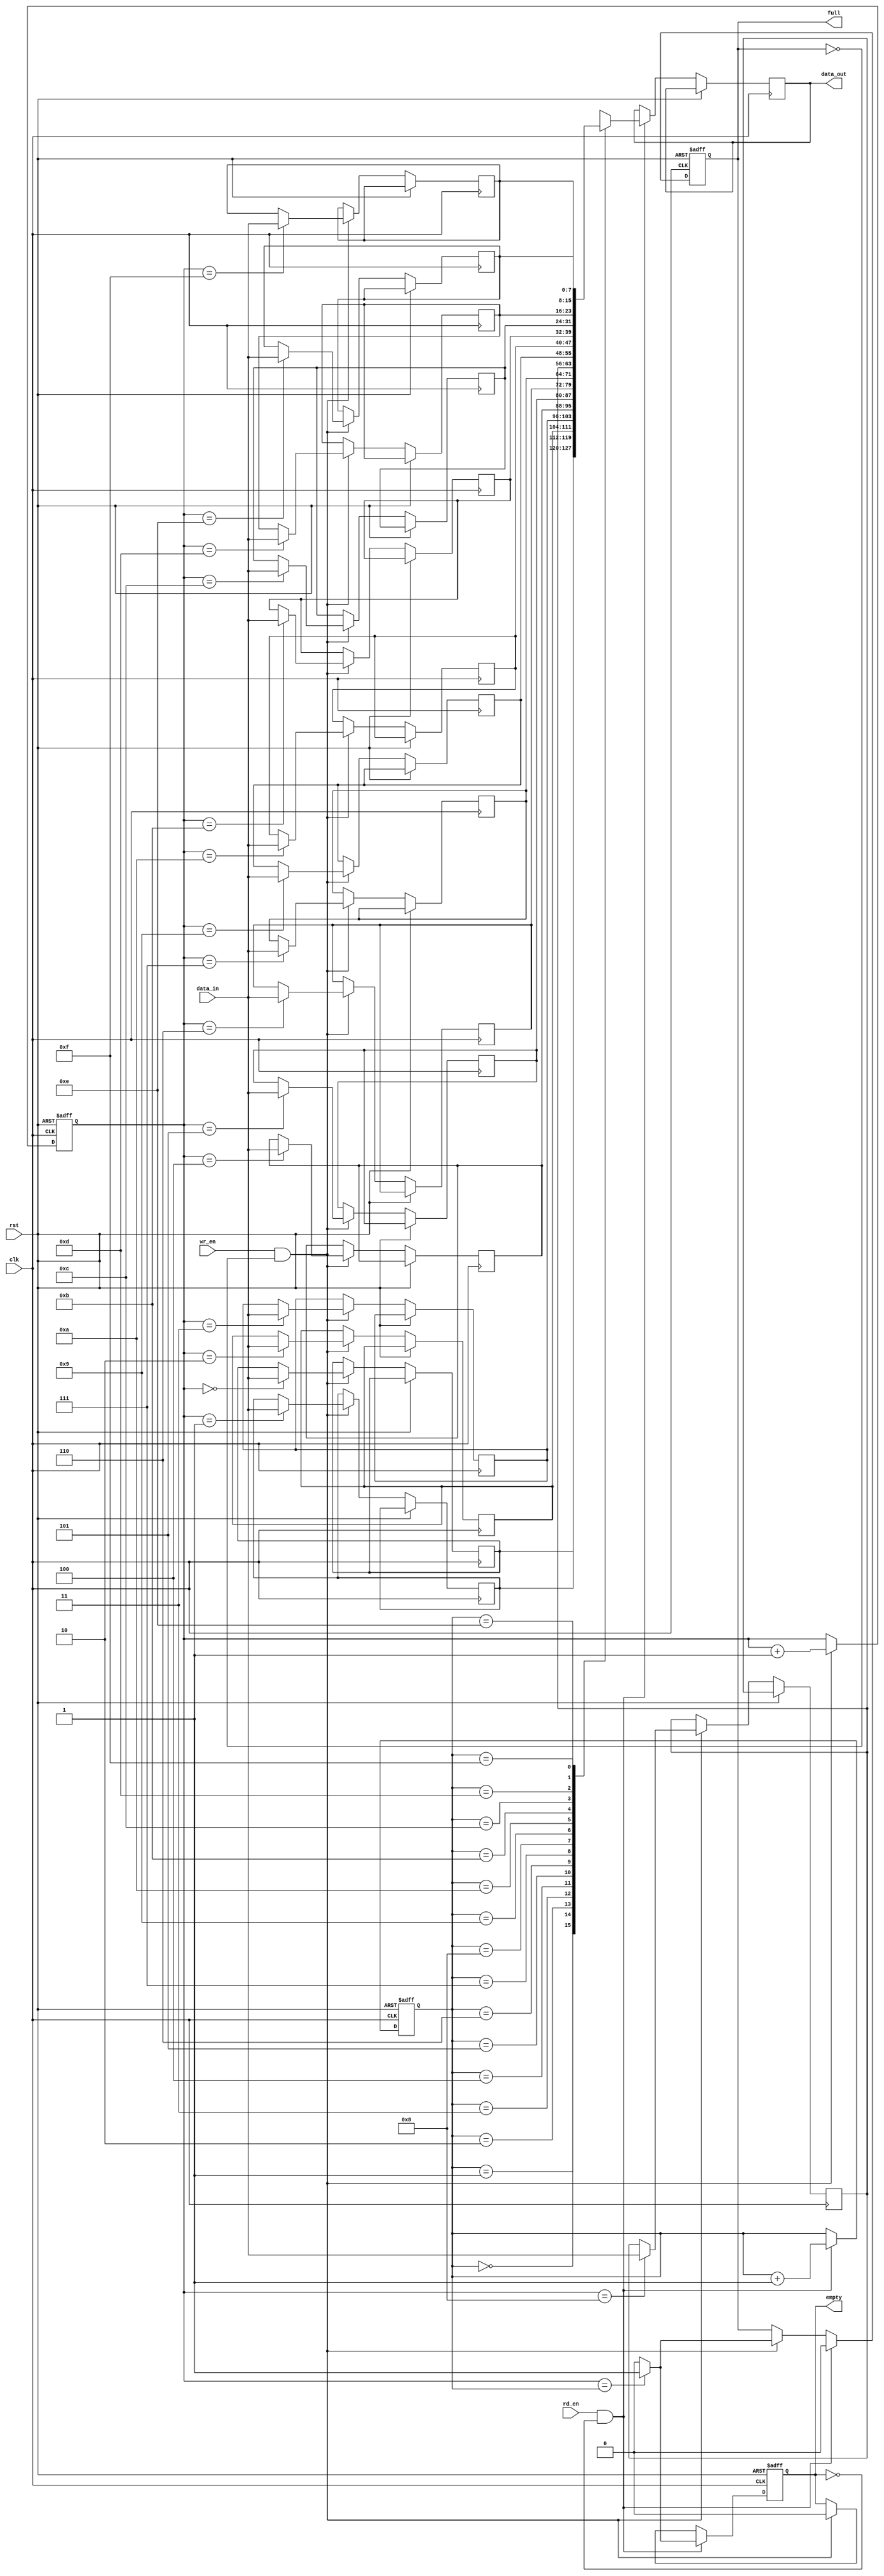
module GrayFIFO (
    input wire clk,
    input wire rst,
    input wire wr_en,
    input wire rd_en,
    input wire [7:0] data_in,
    output reg [7:0] data_out,
    output reg empty,
    output reg full
);

reg [7:0] memory [0:15];
reg [3:0] wr_ptr = 4'b0000;
reg [3:0] rd_ptr = 4'b0000;

always @(posedge clk or posedge rst) begin
    if (rst) begin
        wr_ptr <= 4'b0000;
        rd_ptr <= 4'b0000;
        full <= 1'b0;
        empty <= 1'b1;
    end else begin
        if (wr_en && !full) begin
            memory[wr_ptr] <= data_in;
            wr_ptr <= wr_ptr + 1;
            if (wr_ptr == rd_ptr)
                full <= 1'b1;
            else
                full <= 1'b0;
            empty <= 1'b0;
        end
        if (rd_en && !empty) begin
            data_out <= memory[rd_ptr];
            rd_ptr <= rd_ptr + 1;
            if (wr_ptr == rd_ptr)
                empty <= 1'b1;
            else
                empty <= 1'b0;
            full <= 1'b0;
        end
    end
end

endmodule